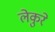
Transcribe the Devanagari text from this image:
लेकुरे